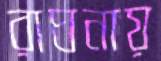
রাঘনায়